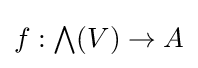
f:{\textstyle \bigwedge }(V)\to A